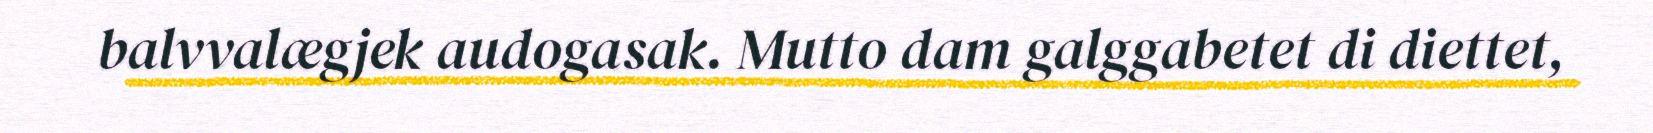
balvvalægjek audogasak. Mutto dam galggabetet di diettet,